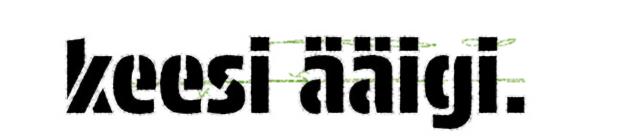
keesi ääigi.